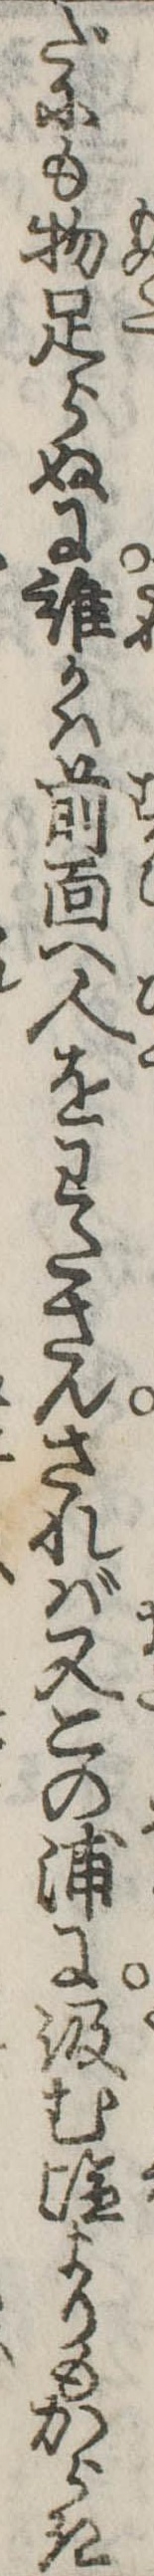
だにも物足らぬに誰かは前面へ人をわたさんされば又この浦に汲む塩よりもからき